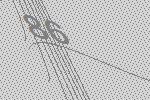
86